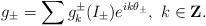
LaTeX: \begin{align*}g_{\pm}=\sum g_{k}^{\pm}(I_{\pm})e^{ik\theta_{\pm}},\ k\in\mathbf{Z}.\end{align*}